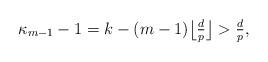
LaTeX: \begin{align*}\kappa_{m-1} -1 = k - (m-1)\big\lfloor \tfrac{d}{p} \big\rfloor > \tfrac{d}{p},\end{align*}